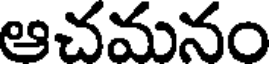
ఆచమనం